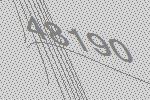
48190